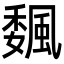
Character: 𩗯